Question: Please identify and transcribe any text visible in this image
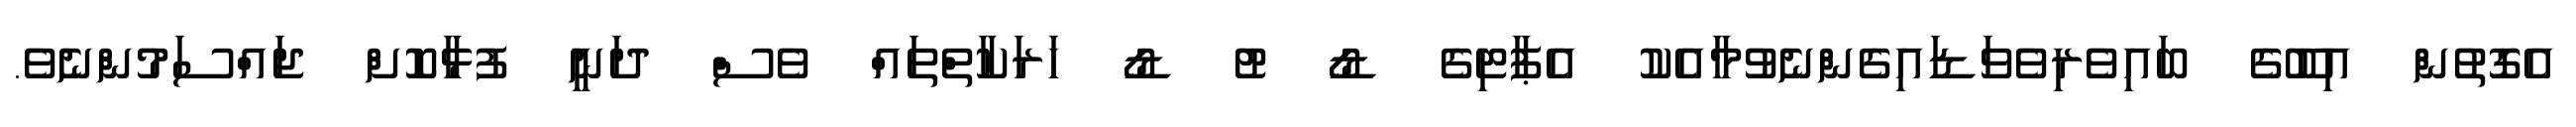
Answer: އެގޮތުން އިބޫގެ ބައިވެރިވެވަޑައިގެންނެވުމާއެކު އެޕާޓިގެ ޑޯ ޓު ޑޯ ހަރަކާތްތައް ވެސް ދަނީ ފުޅާކޮށް ޖައްސަމުންނެވެ.